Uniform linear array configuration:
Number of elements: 4
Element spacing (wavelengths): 1
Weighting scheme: cosine
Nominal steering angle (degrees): -30
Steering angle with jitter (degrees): -31.13
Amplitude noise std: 0.05
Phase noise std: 0.05

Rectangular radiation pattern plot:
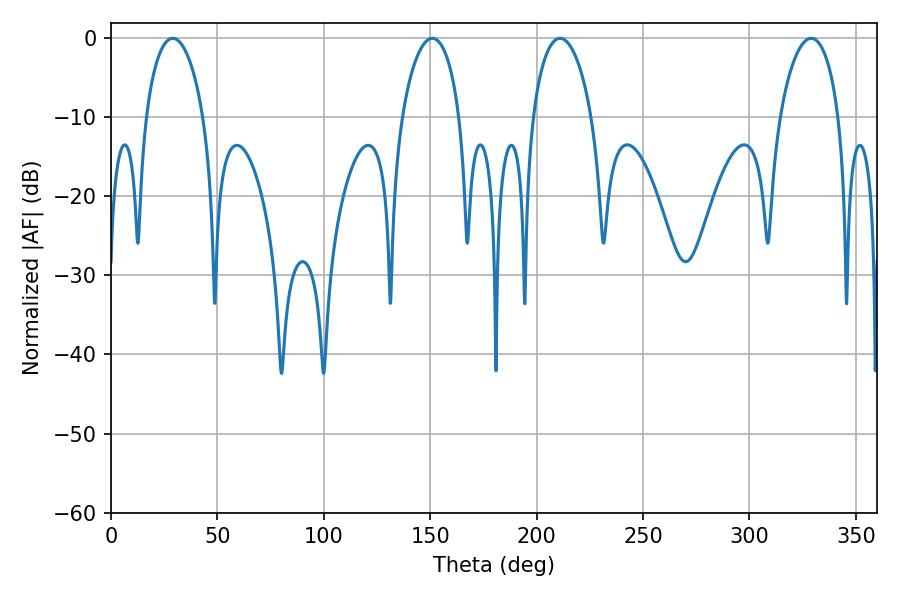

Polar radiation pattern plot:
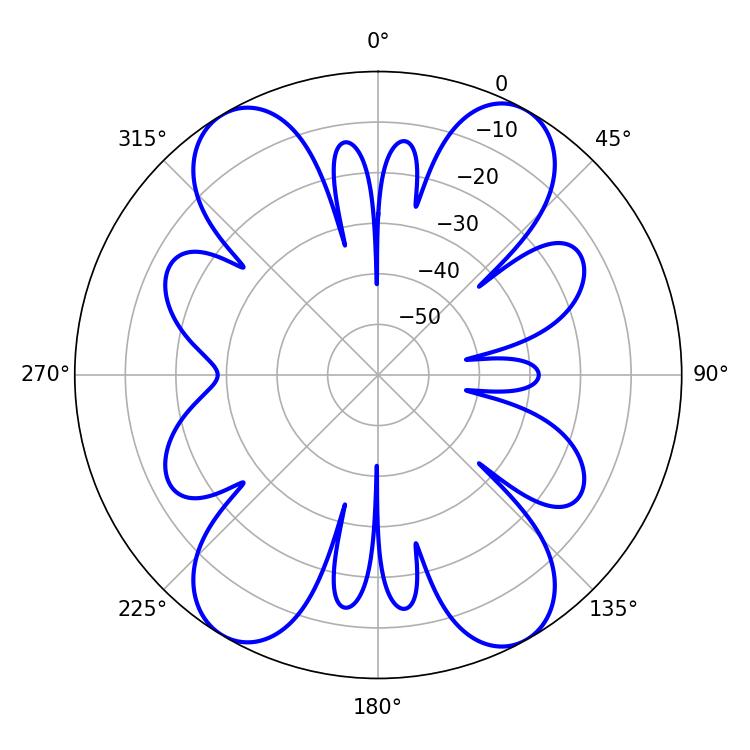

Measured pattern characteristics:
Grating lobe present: TRUE
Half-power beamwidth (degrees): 15.48
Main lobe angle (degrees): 28.98